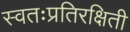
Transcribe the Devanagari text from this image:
स्वतःप्रतिरक्षिती